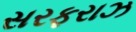
સરફરાઝ